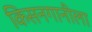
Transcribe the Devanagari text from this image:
किसनगानीला